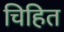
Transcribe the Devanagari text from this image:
चिहित